Report on the nature of kala-azar
Disease focus: Kala-Azar
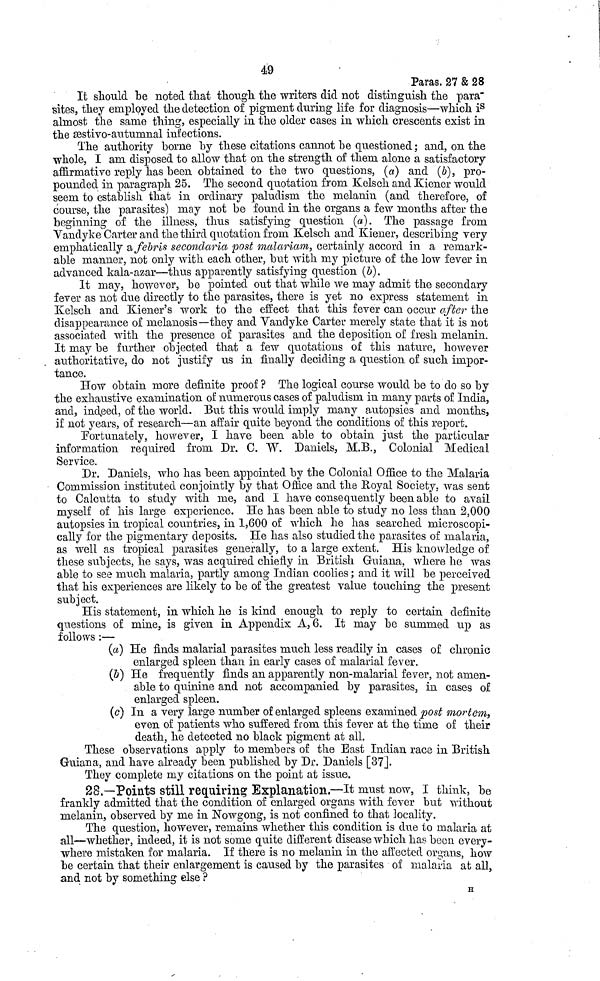
49
Paras. 27 & 28
It should be noted that though the writers did not distinguish the para-
sites, they employed the detection of pigment during life for diagnosis—which is
almost the same thing, especially in the older cases in which crescents exist in
the æstivo-autumnal infections.
The authority borne by these citations cannot be questioned ; and, on the
whole, I am disposed to allow that on the strength of them alone a satisfactory
affirmative reply has been obtained to the two questions, (a) and (b), pro-
pounded in paragraph 25. The second quotation from Kelsch and Kiener would
seem to establish that in ordinary paludism the melanin (and therefore, of
course, the parasites) may not be found in the organs a few months after the
beginning of the illness, thus satisfying question (a). The passage from
Vandyke Carter and the third quotation from Kelsch and Kiener, describing very
emphatically a febris secondaria post malariam, certainly accord in a remark-
able manner, not only with each other, but with my picture of the low fever in
advanced kala-azar—thus apparently satisfying question (b).
It may, however, be pointed out that while we may admit the secondary
fever as not due directly to the parasites, there is yet no express statement in
Kelsch and Kiener's work to the effect that this fever can occur after the
disappearance of melanosis—they and Vandyke Carter merely state that it is not
associated with the presence of parasites and the deposition of fresh melanin.
It may be further objected that a few quotations of this nature, however
authoritative, do not justify us in finally deciding a question of such impor-
tance.
How obtain more definite proof ? The logical course would be to do so by
the exhaustive examination of numerous cases of paludism in many parts of India,
and, indeed, of the world. But this would imply many autopsies and months,
if not years, of research—an affair quite beyond the conditions of this report.
Fortunately, however, I have been able to obtain just the particular
information required from Dr. C. W. Daniels, M.B., Colonial Medical
Service.
Dr. Daniels, who has been appointed by the Colonial Office to the Malaria
Commission instituted conjointly by that Office and the Royal Society, was sent
to Calcutta to study with me, and I have consequently been able to avail
myself of his large experience. He has been able to study no less than 2,000
autopsies in tropical countries, in 1,600 of which he has searched microscopi-
cally for the pigmentary deposits. He has also studied the parasites of malaria,
as well as tropical parasites generally, to a large extent. His knowledge of
these subjects, he says, was acquired chiefly in British Guiana, where he was
able to see much malaria, partly among Indian coolies ; and it will be perceived
that his experiences are likely to be of the greatest value touching the present
subject.
His statement, in which he is kind enough to reply to certain definite
questions of mine, is given in Appendix A, 6. It may be summed up as
follows :—
(a) He finds malarial parasites much less readily in cases of chronic
enlarged spleen than in early cases of malarial fever.
(b) He frequently finds an apparently non-malarial fever, not amen-
able to quinine and not accompanied by parasites, in cases of
enlarged spleen.
(c) In a very large number of enlarged spleens examined post mortem,
even of patients who suffered from this fever at the time of their
death, he detected no black pigment at all.
These observations apply to members of the East Indian race in British
Guiana, and have already been published by Dr. Daniels [37].
They complete my citations on the point at issue.
28.—Points still requiring Explanation.—It must now, I think, be
frankly admitted that the condition of enlarged organs with fever but without
melanin, observed by me in Nowgong, is not confined to that locality.
The question, however, remains whether this condition is due to malaria at
all—whether, indeed, it is not some quite different disease which has been every-
where mistaken for malaria. If there is no melanin in the affected organs, how
be certain that their enlargement is caused by the parasites of malaria at all,
and not by something else ?
Η